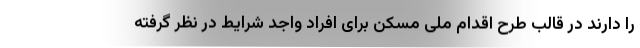
را دارند در قالب طرح اقدام ملی مسکن برای افراد واجد شرایط در نظر گرفته